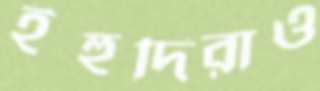
ইহুদিরাও